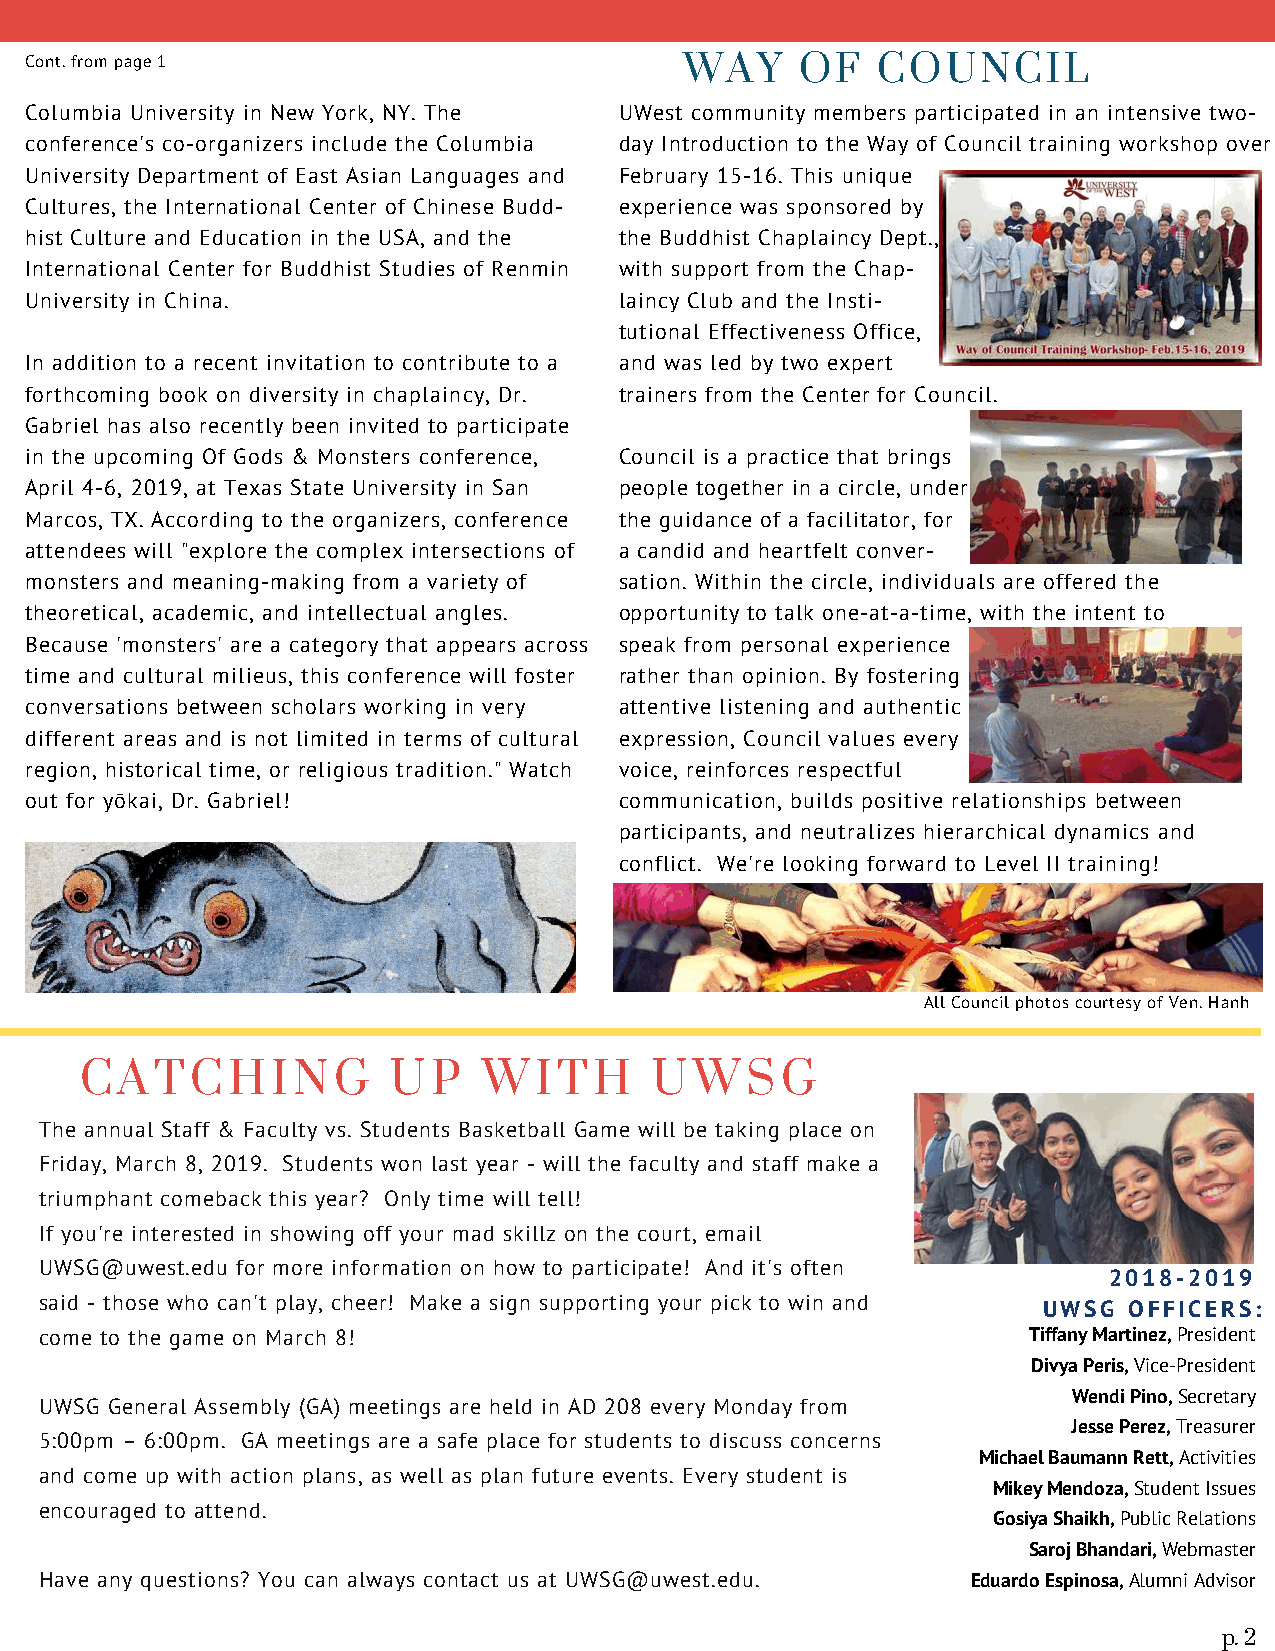
Cont. from page 1                          WAY     OF   COUNCIL
 Columbia University in New York, NY. The UWest community members participated in an intensive two-
 conference's co-organizers include the Columbia day Introduction to the Way of Council training workshop over
 University Department of East Asian Languages and February 15-16. This unique
 Cultures, the International Center of Chinese Budd- experience was sponsored by
 hist Culture and Education in the USA, and the the Buddhist Chaplaincy Dept.,
 International Center for Buddhist Studies of Renmin with support from the Chap-
 University in China.                   laincy Club and the Insti-
 tutional Effectiveness Office,
 In addition to a recent invitation to contribute to a and was led by two expert
 forthcoming book on diversity in chaplaincy, Dr. trainers from the Center for Council.
 Gabriel has also recently been invited to participate
 in the upcoming Of Gods & Monsters conference, Council is a practice that brings
 April 4-6, 2019, at Texas State University in San people together in a circle, under
 Marcos, TX. According to the organizers, conference the guidance of a facilitator, for
 attendees will "explore the complex intersections of a candid and heartfelt conver-
 monsters and meaning-making from a variety of sation. Within the circle, individuals are offered the
 theoretical, academic, and intellectual angles. opportunity to talk one-at-a-time, with the intent to
 Because 'monsters' are a category that appears across speak from personal experience
 time and cultural milieus, this conference will foster rather than opinion. By fostering
 conversations between scholars working in very attentive listening and authentic
 different areas and is not limited in terms of cultural expression, Council values every
 region, historical time, or religious tradition." Watch voice, reinforces respectful
 out for yōkai, Dr. Gabriel!            communication, builds positive relationships between
 participants, and neutralizes hierarchical dynamics and
 conflict. We're looking forward to Level II training!
 All Council photos courtesy of Ven. Hanh
 CATCHING             UP    WITH       UWSG
 The annual Staff & Faculty vs. Students Basketball Game will be taking place on
 Friday, March 8, 2019. Students won last year - will the faculty and staff make a
 triumphant comeback this year? Only time will tell!
 If you're interested in showing off your mad skillz on the court, email
 UWSG@uwest.edu for more information on how to participate! And it's often
 2018-2019
 said - those who can't play, cheer! Make a sign supporting your pick to win and
 UWSG  OFFICERS:
 come to the game on March 8!                                     Tiffany Martinez, President
 Divya Peris, Vice-President
 Wendi Pino, Secretary
 UWSG General Assembly (GA) meetings are held in AD 208 every Monday from
 Jesse Perez, Treasurer
 5:00pm – 6:00pm. GA meetings are a safe place for students to discuss concerns
 Michael Baumann Rett, Activities
 and come up with action plans, as well as plan future events. Every student is
 Mikey Mendoza, Student Issues
 encouraged to attend.
 Gosiya Shaikh, Public Relations
 Saroj Bhandari, Webmaster
 Have any questions? You can always contact us at UWSG@uwest.edu. Eduardo Espinosa, Alumni Advisor
 UNIVERSITY OF THE WEST, 1409 WALNUT GROVE AVE., ROSEMEAD, CA 91770 | 626-571-8811 | HTTP://WWW.UWEST.EDU
 p. 2